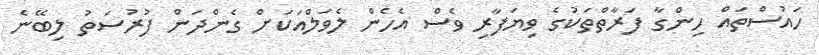
ހައުސްތައް ހިންގާ ފަރާތްތަކުގެ ވިޔަފާރި ވެސް އެހެން ލެވަލްއަކަށް ގެންދަން ފުރުސަތު ލިބޭނެ